Scientific memoirs by medical officers of the Army of India - Part XII,
Year: 1901
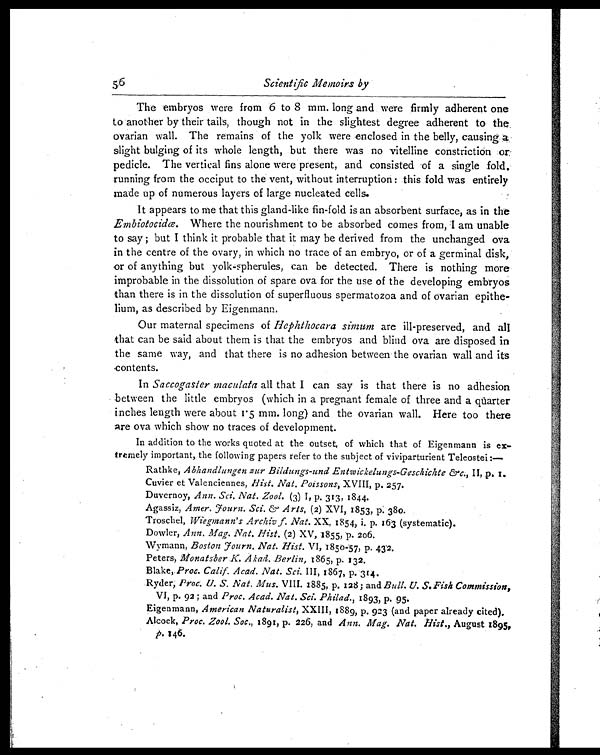
56
Scientific Memoirs by
The embryos were from 6 to 8 mm. long and were firmly adherent one
to another by their tails, though not in the slightest degree adherent to the
ovarian wall. The remains of the yolk were enclosed in the belly, causing a
slight bulging of its whole length, but there was no vitelline constriction or
pedicle. The vertical fins alone were present, and consisted of a single fold.
running from the occiput to the vent, without interruption: this fold was entirely
made up of numerous layers of large nucleated cells.
It appears to me that this gland-like fin-fold is an absorbent surface, as in the
Embiotocidœ. Where the nourishment to be absorbed comes from, I am unable
to say ; but I think it probable that it may be derived from the unchanged ova
in the centre of the ovary, in which no trace of an embryo, or of a germinal disk,
or of anything but yolk-spherules, can be detected. There is nothing more
improbable in the dissolution of spare ova for the use of the developing embryos
than there is in the dissolution of superfluous spermatozoa and of ovarian epithe-
lium, as described by Eigenmann.
Our maternal specimens of Hephthocara simum are ill-preserved, and all
that can be said about them is that the embryos and blind ova are disposed in
the same way, and that there is no adhesion between the ovarian wall and its
contents.
In Saccogaster maculata all that I can say is that there is no adhesion
between the little embryos (which in a pregnant female of three and a quarter
inches length were about 1.5 mm. long) and the ovarian wall. Here too there
are ova which show no traces of development.
In addition to the works quoted at the outset, of which that of Eigenmann is ex-
tremely important, the following papers refer to the subject of viviparturient Teleostei:—
Rath ke, Abhandlungen zur Bildungs-und Entwickelungs-Geschichte &c., II, p.
1
Cuvier et Valenciennes, Hist. Nat. Poissons, XVIII, p. 257.
Duvernoy, Ann. Sci. Nat. Zool. (3) I, P. 313, 1844.
Agassiz, Amer. Journ. Sci. & Arts, (2) XVI, 1853, p. 380.
Troschel, Wiegmann's Archiv f. Nat. XX, 1854, p. 163 (systematic).
Dowler, Ann. Mag. Nat. Hist. (2) XV, 1855, p. 206.
Wymann, Boston Journ. Nat. Hist. VI, 1850-57, p. 432.
Peters, Monatsber K. Akad. Berlin, 1865, p. 132.
Blake, Proc. Calif. Acad. Nat. Sci. III, 1867, p. 314.
Ryder, Proc. U. S. Nat. Mus. VIII. 1885, p. 128; and Bull. U. S. Fish Commission,
VI, p. 92 ; and Proc. Acad. Nat. Sci. Philad., 1893, p. 95.
Eigenmann, American Naturalist, XXIII, 1889, p. 923 (and paper already cited).
Alcock, Proc. Zool. Soc., 1891, p. 226, and Ann. Mag. Nat. Hist., August 1895,
p.146.